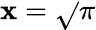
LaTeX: \mathbf{x}={\sqrt{}{{\pi}}}